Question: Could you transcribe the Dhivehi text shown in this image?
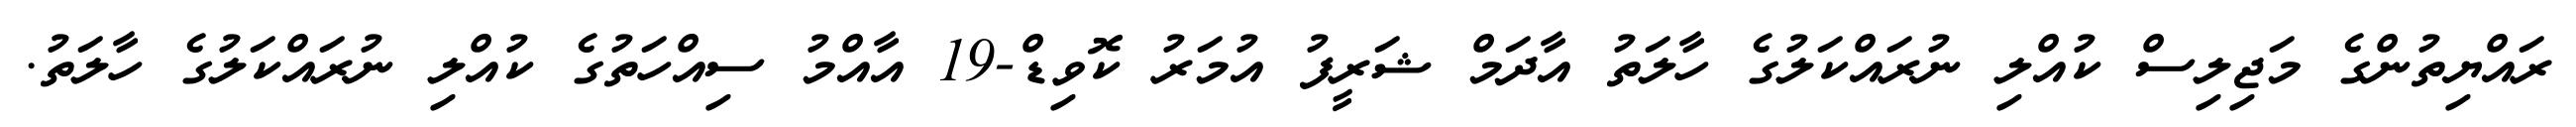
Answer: ރައްޔިތުންގެ މަޖިލިސް ކުއްލި ނުރައްކަލުގެ ހާލަތު އާދަމް ޝަރީފު އުމަރު ކޮވިޑް-19 އާއްމު ސިއްހަތުގެ ކުއްލި ނުރައްކަލުގެ ހާލަތު.